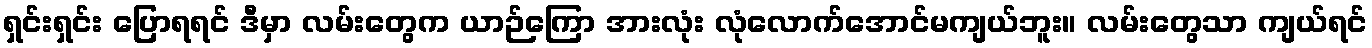
ရှင်းရှင်း ပြောရရင် ဒီမှာ လမ်းတွေက ယာဉ်ကြော အားလုံး လုံလောက်အောင်မကျယ်ဘူး။ လမ်းတွေသာ ကျယ်ရင်